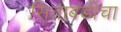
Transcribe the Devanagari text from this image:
सिताबर्डीचा